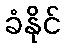
ခံနိုင်